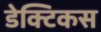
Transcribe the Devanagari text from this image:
डेक्टिकस